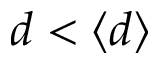
d < \langle d \rangle